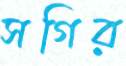
সগির